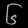
Digit: ၆